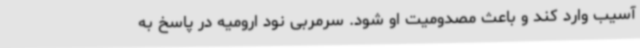
آسیب وارد کند و باعث مصدومیت او شود. سرمربی نود ارومیه در پاسخ به